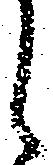
候